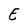
Character: E